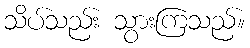
သိပ်သည်း သွားကြသည်။